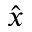
\hat { x }